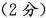
(2分)